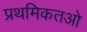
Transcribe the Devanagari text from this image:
प्रथमिकतओ